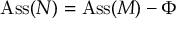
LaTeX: \operatorname { A s s } ( N ) = \operatorname { A s s } ( M ) - \Phi